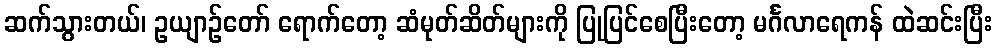
ဆက်သွားတယ်၊ ဥယျာဉ်တော် ရောက်တော့ ဆံမုတ်ဆိတ်များကို ပြုပြင်စေပြီးတော့ မင်္ဂလာရေကန် ထဲဆင်းပြီး